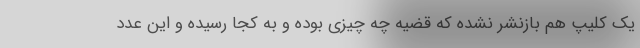
یک کلیپ هم بازنشر نشده که قضیه چه چیزی بوده و به کجا رسیده و این عدد